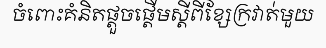
ចំពោះគំនិតផ្តួចផ្តើមស្តីពីខ្សែក្រវាត់មួយ